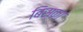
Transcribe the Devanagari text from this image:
बिस्का